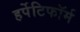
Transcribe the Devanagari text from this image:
हर्पेटिफॉर्म